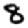
Digit: 8